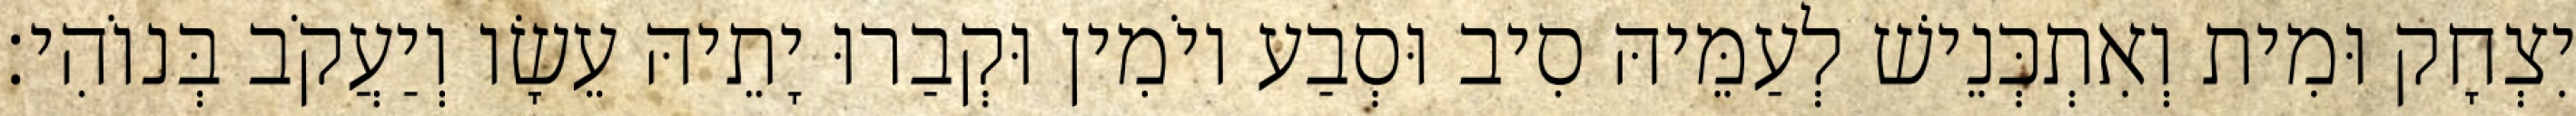
יִצְחָק וּמִית וְאִתְכְּנֵישׁ לְעַמֵּיהּ סִיב וּסְבַע יוֹמִין וּקְבַרוּ יָתֵיהּ עֵשָׂו וְיַעֲקֹב בְּנוֹהִי׃